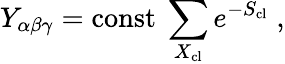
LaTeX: Y_{\alpha\beta\gamma}=\mathrm{const}~\sum_{X_{\mathrm{cl}}}e^{-S_{\mathrm{cl}}}\; ,